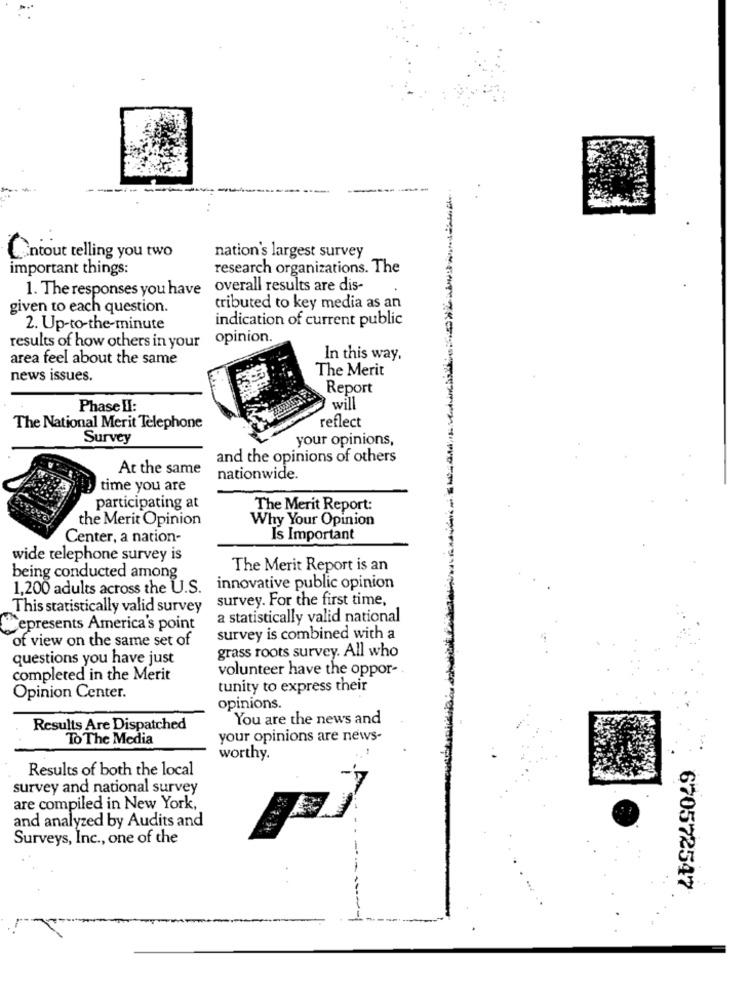
Cntout telling you two
nation's largest survey
important things:
research organizations. The
1. The responses you have
overall results are dis-
given to each question.
tributed to key media as an
indication of current public
2. Up-to-the-minute
opinion.
results of how others in your
area feel about the same
In this way,
The Merit
news issues.
Report
Phase II:
will
reflect
The National Merit Telephone
Survey
your opinions,
and the opinions of others
At the same
nationwide.
time you are
participating at
The Merit Report:
the Merit Opinion
Why Your Opinion
Center, a nation-
Is Important
wide telephone survey is
The Merit Report is an
being conducted among
1,200 adults across the U.S.
innovative public opinion
survey. For the first time,
This statistically valid survey
a statistically valid national
epresents America's point
of view on the same set of
survey is combined with a
questions you have just
grass roots survey. All who
volunteer have the oppor-
completed in the Merit
tunity to express their
Opinion Center.
opinions.
You are the news and
Results Are Dispatched
To The Media
your opinions are news-
worthy.
Results of both the local
survey and national survey
are compiled in New York,
and analyzed by Audits and
Surveys, Inc ., one of the
670572547